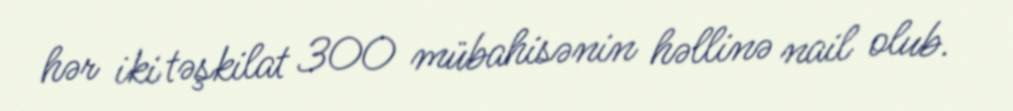
hər iki təşkilat 300 mübahisənin həllinə nail olub.